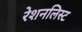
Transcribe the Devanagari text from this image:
रेशनलिस्ट